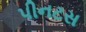
પીનટસ